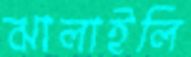
ঝালাইলি